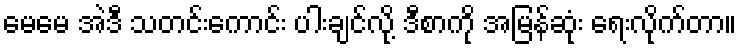
မေမေ အဲဒီ သတင်းကောင်း ပါးချင်လို့ ဒီစာကို အမြန်ဆုံး ရေးလိုက်တာ။